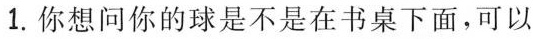
1.你想问你的球是不是在书桌下面,可以